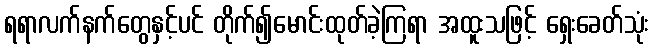
ရရာလက်နက်တွေနှင့်ပင် တိုက်၍မောင်းထုတ်ခဲ့ကြရာ အထူးသဖြင့် ရှေးခေတ်သုံး